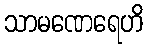
သာမဏေရေဟိ